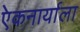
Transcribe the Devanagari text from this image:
एेकनार्याला